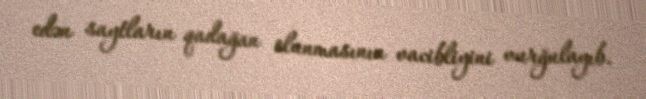
edən saytların qadağan olunmasının vacibliyini vurğulayıb.